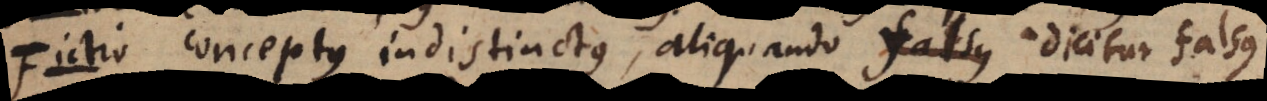
i o conceptus indistinctus, aliquando dicitur falsus.